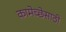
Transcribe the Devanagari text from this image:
कामेच्छेसाठी